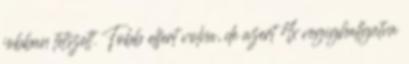
jobban tetszett. Tobb elfert volna, de azert 4x vegighallgatva